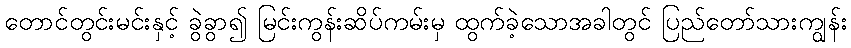
တောင်တွင်းမင်းနှင့် ခွဲခွာ၍ မြင်းကွန်းဆိပ်ကမ်းမှ ထွက်ခဲ့သောအခါတွင် ပြည်တော်သားကျွန်း